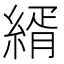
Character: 縃